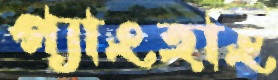
প্যাংহাং